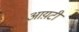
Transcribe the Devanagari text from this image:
आय़टी